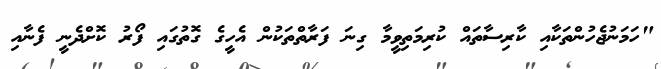
"ހަމަނުޖެހުންތަކާއި ކާރިސާތައް ކުރިމަތިވީމާ ގިނަ ފަރާތްތަކުން އެހީގެ ގޮތުގައި ފޯރު ކޮށްދެނީ ފެނާއި